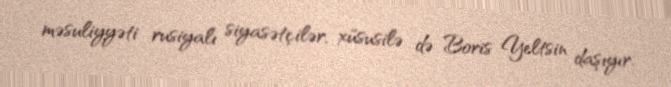
məsuliyyəti rusiyalı siyasətçilər, xüsusilə də Boris Yeltsin daşıyır.